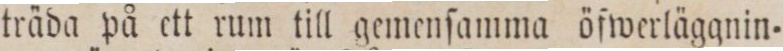
träda på ett rum till gemenſamma öfwerläggnin=